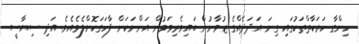
ހިންގާ ހަރަކާތްތަކުގައި ގިނަ އަދަދެއްގެ ޒުވާނުން ބައިވެރިވަމުން އަންނަކަން ފާހަގަކޮށްލެވެއެވެ. އަދި ސިޔާސީ